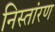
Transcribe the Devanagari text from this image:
निस्तांरण